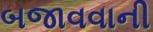
બજાવવાની